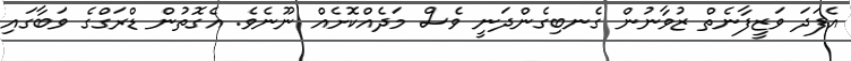
އެފަދަ ވަޒީފާނެތް ޒުވާނުން ގެނބިގެންދަނީ ވެސް މަދެއްކޮށެއް ނޫނެވެ. އެގޮތުން ޑްރަގްގެ ވަބާގައި